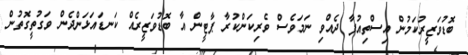
ބޮޑުވަޒީރުކަމުން އިސްތިއުފާ ދެއްވި ނަމަވެސް ވެރިކަންކުރާ ޕާޓީން އާ ބޮޑުވަޒީރެއް ކަނޑައަޅަންދެން ވަގުތީގޮތުން